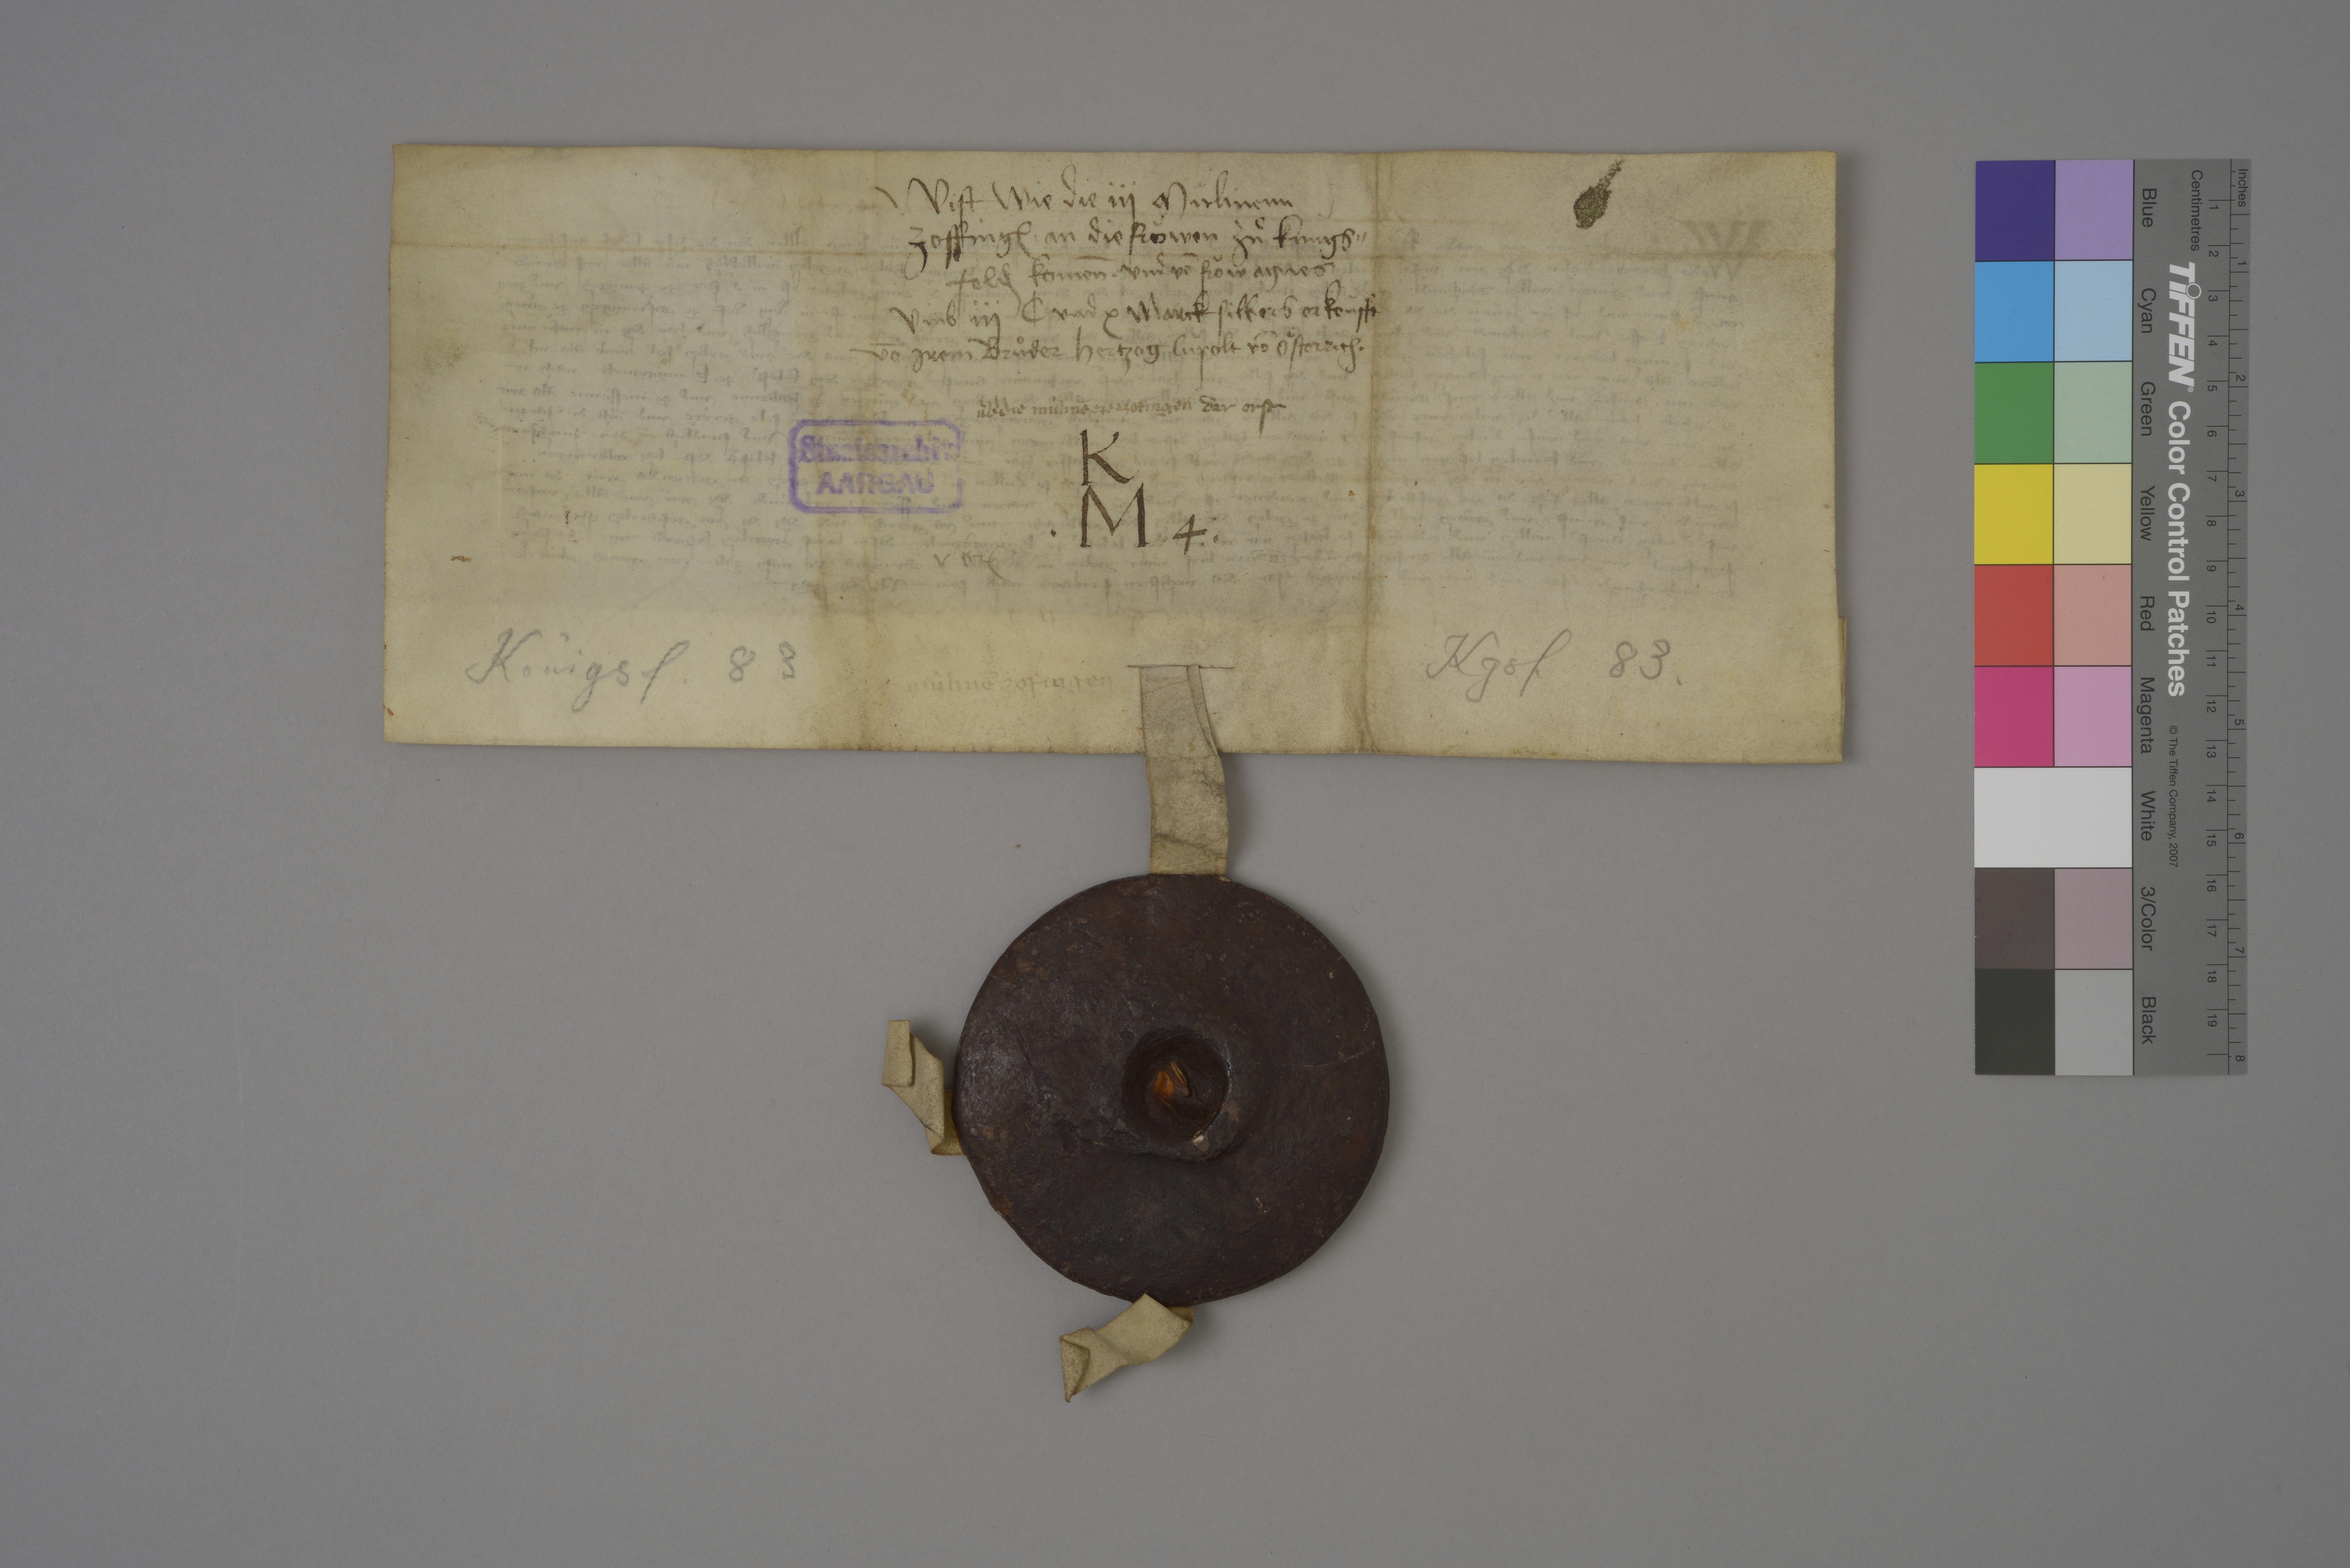
wist wie die iij mùlinenn
Zoffing₎ ✳ an die froͧwen zuͦ Kùngs¬
feld₎ komēn ✳ und vō froͧw Agnes
umb iij c und x marck silbers erkoùfft
vō irem bruͦder hertzog Lùpolt vō Oͤsterrich ✳

ùbˀ die mùlinē ze Zofingen

der erst

Staatsarchiv
AARGAU

K
✳ M ✳ 4 ✳

v br₎

Königsf. 83

Kgsf 83.

mùlinē Zofingen